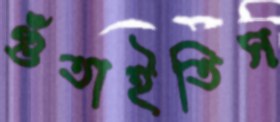
গুঁতাইতিস